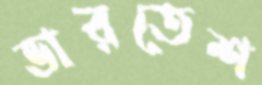
ভারতেশ